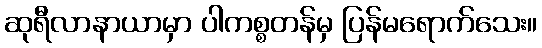
ဆုရီလာနာယာမှာ ပါကစ္စတန်မှ ပြန်မရောက်သေး။